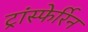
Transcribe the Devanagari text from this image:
ट्रांस्फेर्रिन